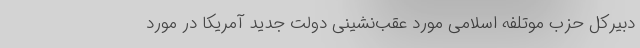
دبیرکل حزب موتلفه اسلامی مورد عقب‌نشینی دولت جدید آمریکا در مورد